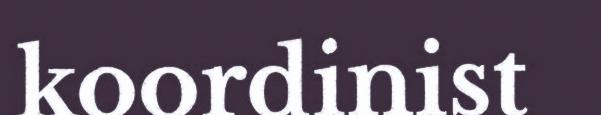
koordinist